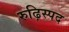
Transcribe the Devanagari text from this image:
रुढ़िस्पद